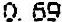
0.69